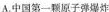
A,中国第一颗原子弹爆炸